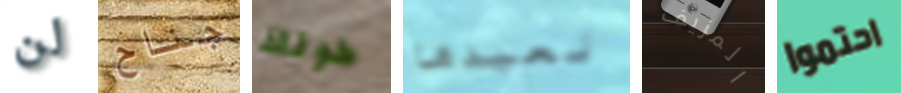
لن جناح طولك نعيدها المزيف احتموا